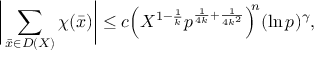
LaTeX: { \biggl | } \sum _ { { \bar { x } } \in D ( X ) } \chi ( { \bar { x } } ) { \biggr | } \leq c { \Bigl ( } X ^ { 1 - { \frac { 1 } { k } } } p ^ { { \frac { 1 } { 4 k } } + { \frac { 1 } { 4 k ^ { 2 } } } } { \Bigr ) } ^ { \! \! n } ( \ln p ) ^ { \gamma } ,